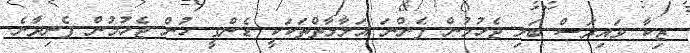
ޒިކާ ވައިރަސް ބަލި ޖެހުމުން ފެންނަ އަލާމާތްތަކަކީ ޑެންގީ ހުން ޖެހުމުން ފެނިދާނެ